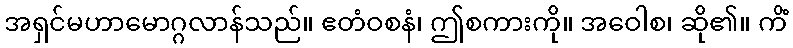
အရှင်မဟာမောဂ္ဂလာန်သည်။ ဧတံဝစနံ၊ ဤစကားကို။ အဝေါစ၊ ဆို၏။ ကိံ